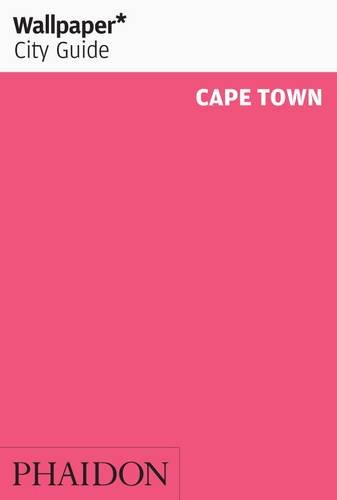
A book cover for Wallpaper* City Guide Cape Town 2014 (Wallpaper City Guides); Travel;